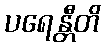
ပရေန္တီတိ